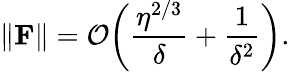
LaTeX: \left\| \mathbf{F}\right\| ={\cal O}\! \left(\frac{\eta^{2/3}}{\delta}+\frac{1}{\delta^{2}}\right).